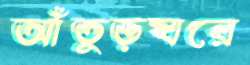
আঁতুড়ঘরে